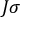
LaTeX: J { \boldsymbol { \sigma } }